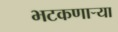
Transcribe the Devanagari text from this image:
भटकणार्‍या